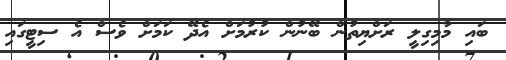
ބައި މާމިގިލީ ރަށްޔިތުން ބޭނުން ކުރުމަށް އެދޭ ކަމަށް ވެސް އެ ސިޓީގައި